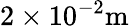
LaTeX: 2\times 10^{-2}\mathrm{m}